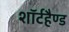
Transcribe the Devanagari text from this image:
शॉर्टहैण्ड